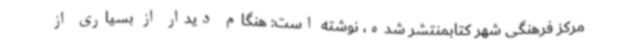
مرکز فرهنگی شهر کتابمنتشر شده، نوشته است: هنگام دیدار از بسیاری از